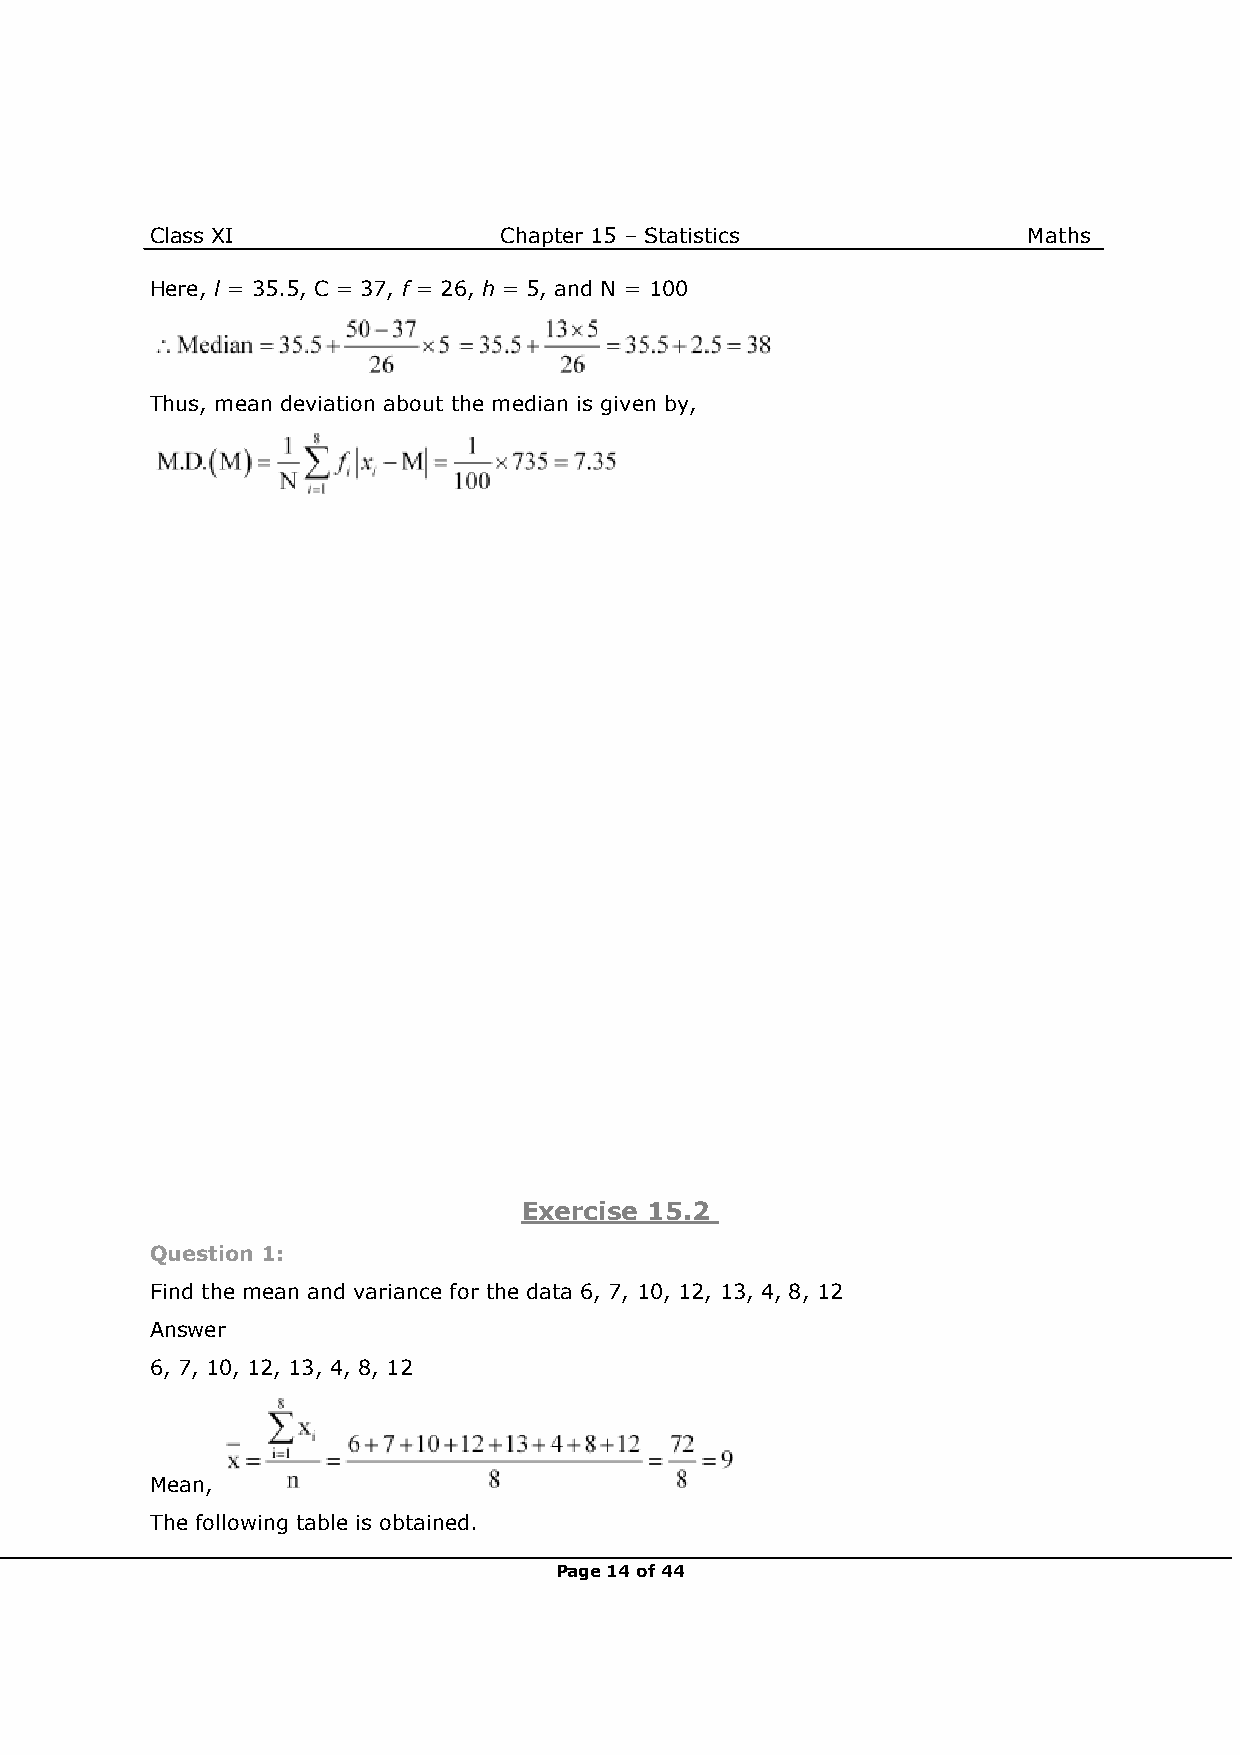
Class XI               Chapter 15 – Statistics            Maths
 Here, l = 35.5, C = 37, f = 26, h = 5, and N = 100
 Thus, mean deviation about the median is given by,
 Exercise 15.2
 Question 1:
 Find the mean and variance for the data 6, 7, 10, 12, 13, 4, 8, 12
 Answer
 6, 7, 10, 12, 13, 4, 8, 12
 Mean,
 The following table is obtained.
 Page 14 of 44